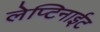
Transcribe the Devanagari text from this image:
लेप्टिनाईट